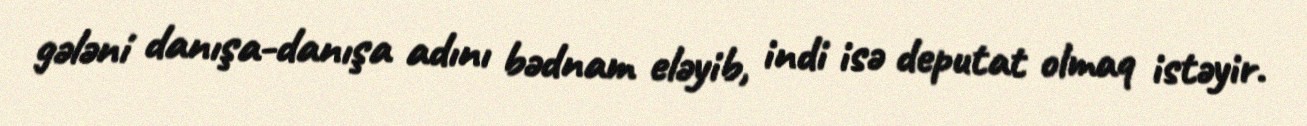
gələni danışa-danışa adını bədnam eləyib, indi isə deputat olmaq istəyir.